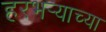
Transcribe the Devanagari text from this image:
हरभर्‍याच्या